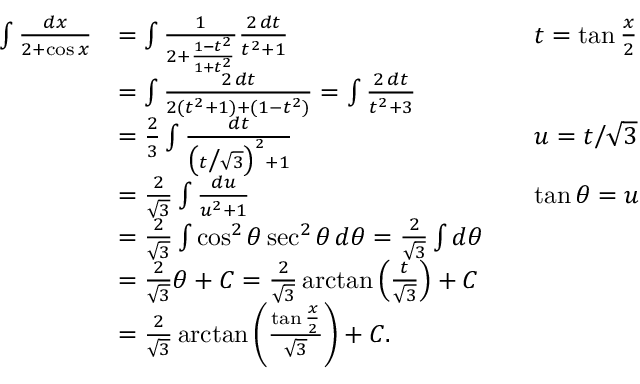
{ \begin{array} { r l r l } { \int { \frac { d x } { 2 + \cos x } } } & { = \int { \frac { 1 } { 2 + { \frac { 1 - t ^ { 2 } } { 1 + t ^ { 2 } } } } } { \frac { 2 \, d t } { t ^ { 2 } + 1 } } } & & { t = \tan { \frac { x } { 2 } } } \\ & { = \int { \frac { 2 \, d t } { 2 ( t ^ { 2 } + 1 ) + ( 1 - t ^ { 2 } ) } } = \int { \frac { 2 \, d t } { t ^ { 2 } + 3 } } } \\ & { = { \frac { 2 } { 3 } } \int { \frac { d t } { { \bigl ( } t { \big / } { \sqrt { 3 } } { \bigr ) } ^ { 2 } + 1 } } } & & { u = t { \big / } { \sqrt { 3 } } } \\ & { = { \frac { 2 } { \sqrt { 3 } } } \int { \frac { d u } { u ^ { 2 } + 1 } } } & & { \tan \theta = u } \\ & { = { \frac { 2 } { \sqrt { 3 } } } \int \cos ^ { 2 } \theta \sec ^ { 2 } \theta \, d \theta = { \frac { 2 } { \sqrt { 3 } } } \int d \theta } \\ & { = { \frac { 2 } { \sqrt { 3 } } } \theta + C = { \frac { 2 } { \sqrt { 3 } } } \arctan \left( { \frac { t } { \sqrt { 3 } } } \right) + C } \\ & { = { \frac { 2 } { \sqrt { 3 } } } \arctan \left( { \frac { \tan { \frac { x } { 2 } } } { \sqrt { 3 } } } \right) + C . } \end{array} }